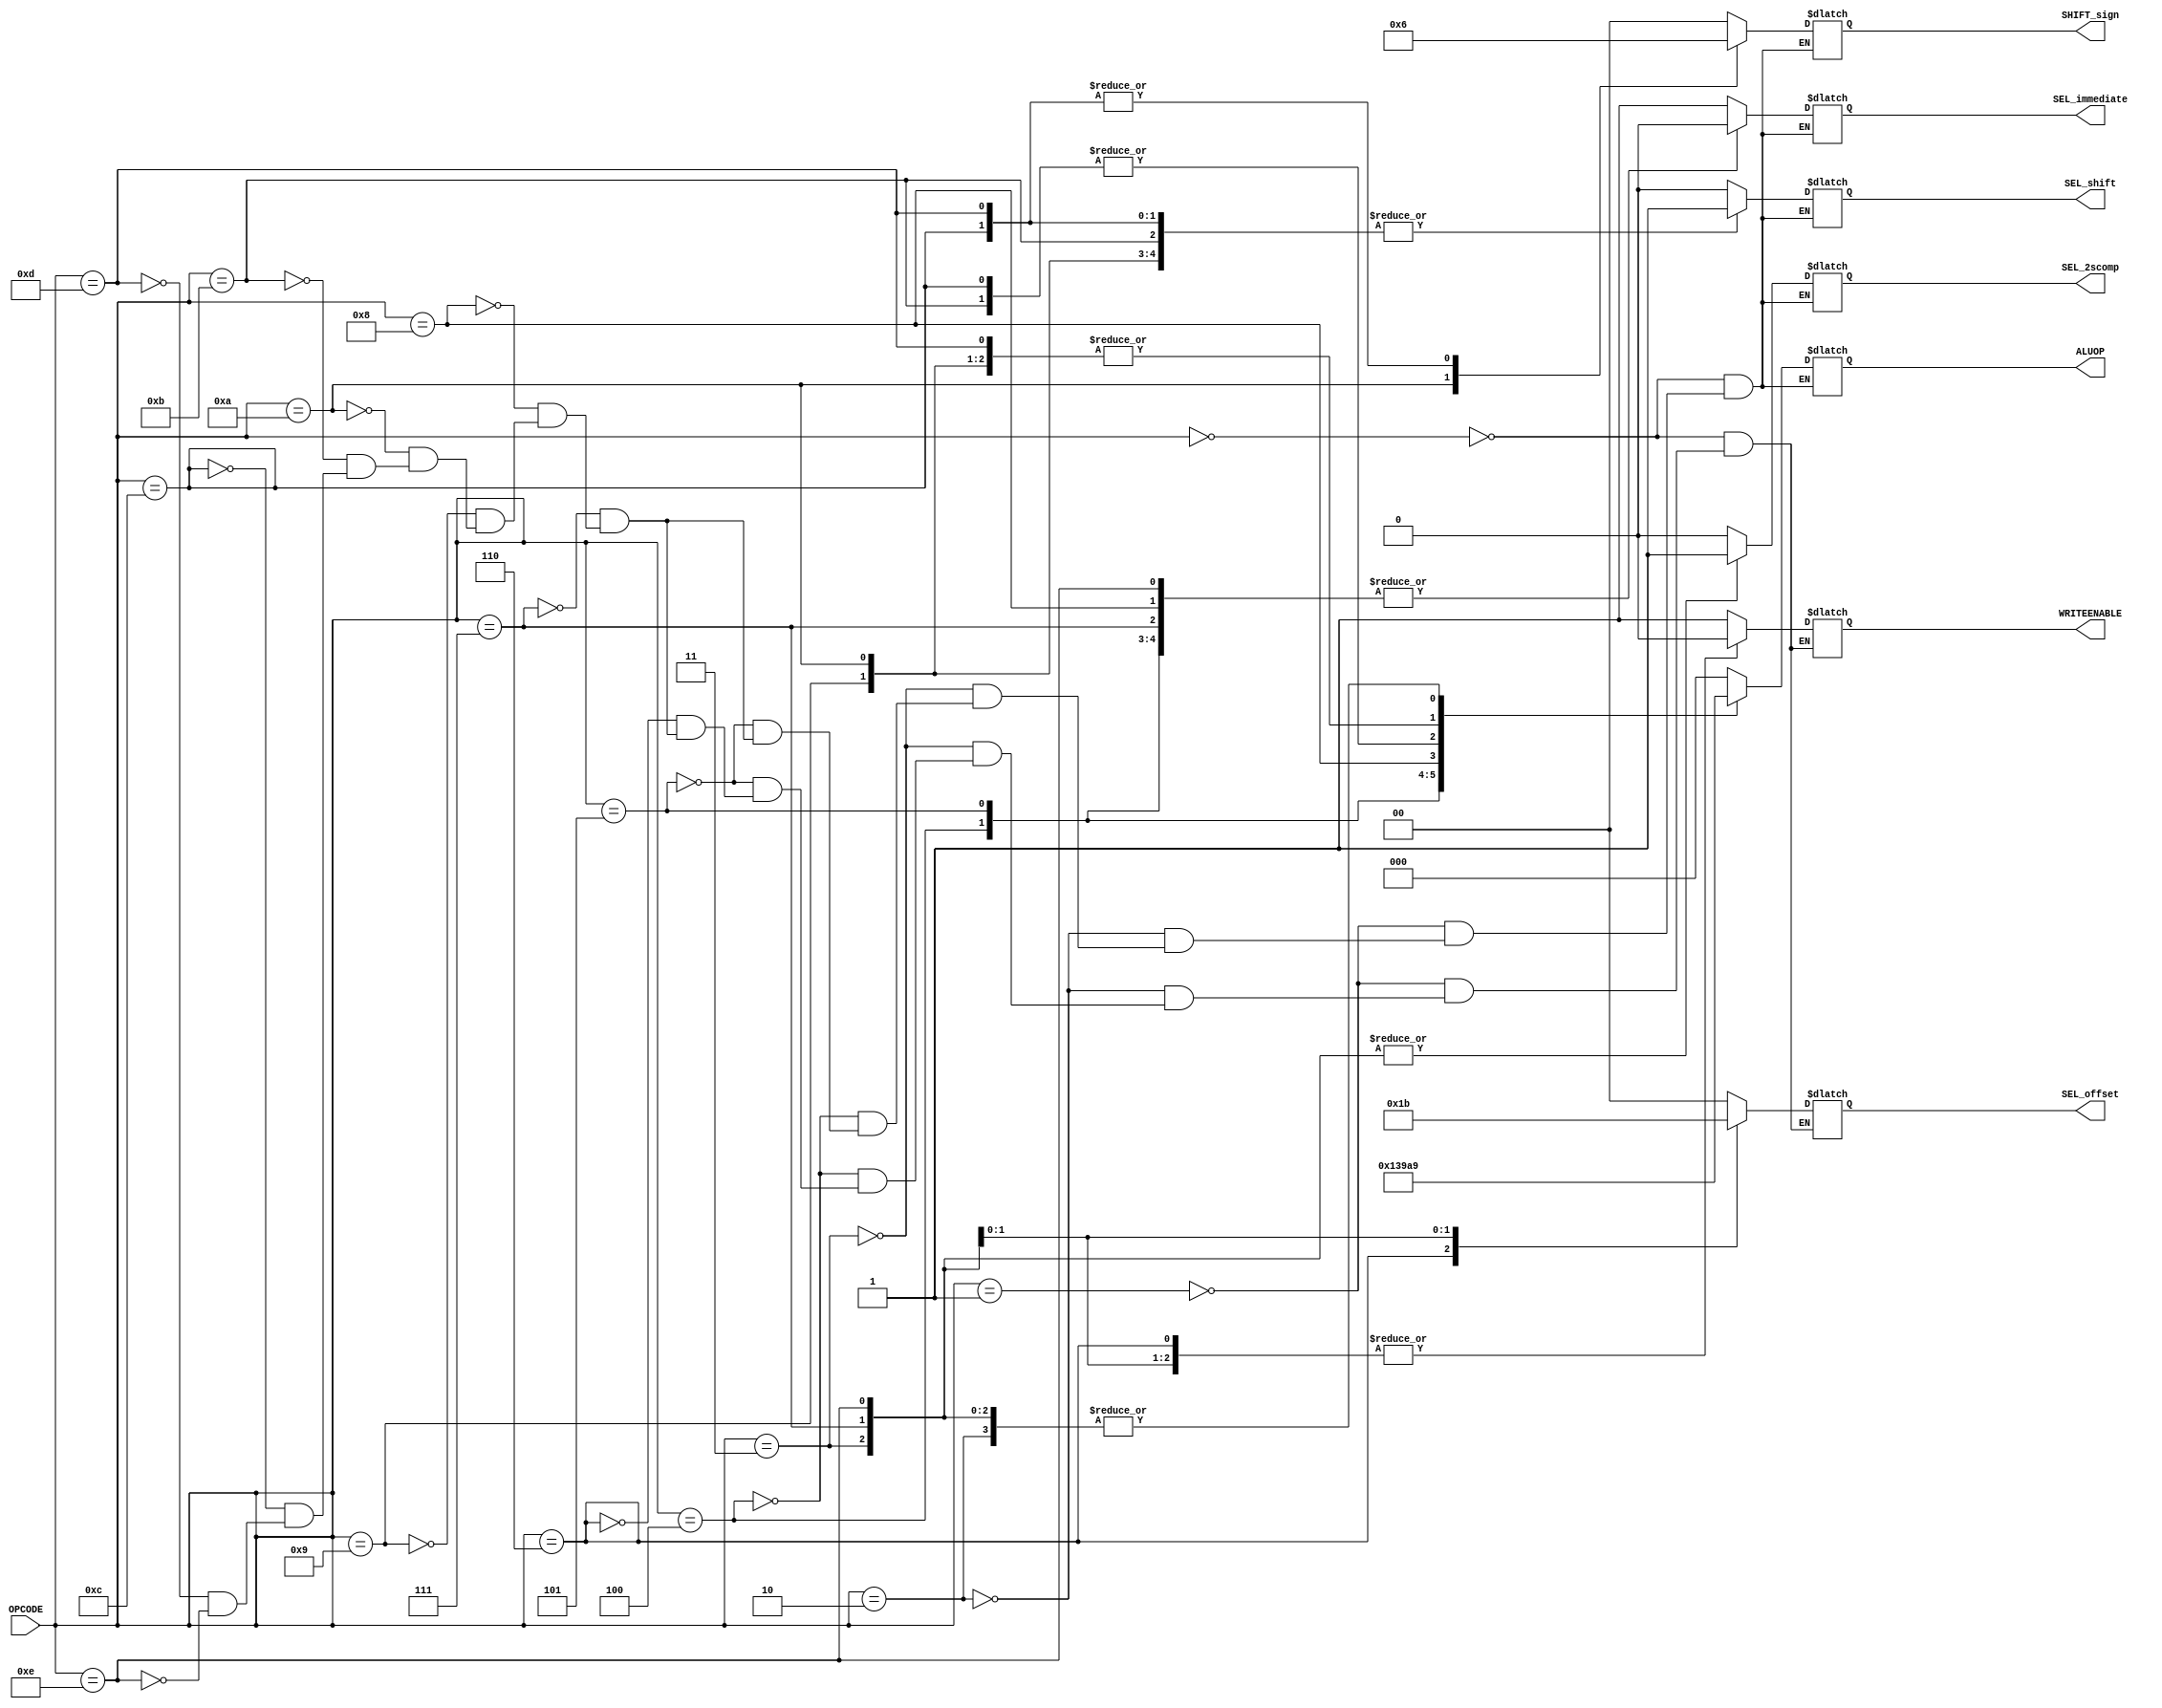
/*                                      SUB MODULES OF THE CPU                             */  



// *********************************** MODULE FOR THE CONTROL UNIT *************************************
module control_unit (OPCODE, ALUOP, SEL_offset, SEL_2scomp, SEL_immediate, SEL_shift, SHIFT_sign, WRITEENABLE);


// Input output port declaration --------------
input [7:0] OPCODE;
output reg [2:0] ALUOP;
output reg WRITEENABLE;
output reg SEL_2scomp, SEL_immediate, SEL_shift;   // selection inputs for the muxes
output reg [1:0] SHIFT_sign;                       // sign bit for shift operations
output reg [1:0] SEL_offset;
// --------------------------------------------


/* Generating control signals, Delay : 1s 
    OP-CODE DEFINITIONS
    ***********************
    op_loadi = "0000_0000"  
    op_mov   = "0000_0001"  
    op_add   = "0000_0010" 
    op_sub   = "0000_0011"  
    op_and   = "0000_0100"  
    op_or    = "0000_0101"  
    op_j     = "0000_0110"  
    op_beq   = "0000_0111"
    op_mult  = "0000_1000"
    op_sll   = "0000_1001"
    op_sla   = "0000_1010"
    op_srl   = "0000_1011"
    op_sra   = "0000_1100"
    op_ror   = "0000_1101"
    op_bne   = "0000_1110" 
    ***********************

    ALUOP DEFINITIONS
    ***********************
    fwd  = "000"  => loadi/mov/j
    add  = "001"  => add/sub/beq/bne
    and  = "010"
    or   = "011"
    mult = "100"
    sl   = "101"  => sll/sla/ror
    sr   = "110"  => srl/sra
    ***********************

    SEL_offset DEFINITIONS
    ***********************
    ALU operation = "00"
    jump          = "01"
    beq           = "10"
    bne           = "11"
    ***********************

    SHIFT_sign DEFINITIONS
    ***********************
    sll = "00"
    sla = "01"
    ror = "10"
    srl = "00"
    sra = "10"
    ***********************
*/
always @ ( OPCODE )
begin
    #1 case ( OPCODE )
    8'b0000_0000 :  //loadi          
        {ALUOP, WRITEENABLE, SEL_offset, SEL_2scomp, SEL_immediate, SEL_shift, SHIFT_sign} = 11'b000_1_00_0_1_0_00;
    8'b0000_0001 :  //mov
        {ALUOP, WRITEENABLE, SEL_offset, SEL_2scomp, SEL_immediate, SEL_shift, SHIFT_sign} = 11'b000_1_00_0_0_0_00;
    8'b0000_0010 :  //add        
        {ALUOP, WRITEENABLE, SEL_offset, SEL_2scomp, SEL_immediate, SEL_shift, SHIFT_sign} = 11'b001_1_00_0_0_0_00;
    8'b0000_0011 :  //sub
        {ALUOP, WRITEENABLE, SEL_offset, SEL_2scomp, SEL_immediate, SEL_shift, SHIFT_sign} = 11'b001_1_00_1_0_0_00;
    8'b0000_0100 :  //and          
        {ALUOP, WRITEENABLE, SEL_offset, SEL_2scomp, SEL_immediate, SEL_shift, SHIFT_sign} = 11'b010_1_00_0_0_0_00;
    8'b0000_0101 :  //or          
        {ALUOP, WRITEENABLE, SEL_offset, SEL_2scomp, SEL_immediate, SEL_shift, SHIFT_sign} = 11'b011_1_00_0_0_0_00;
    8'b0000_0110 :  //j
        {WRITEENABLE, SEL_offset}                                                          = 3'b0_01;
    8'b0000_0111 :  //beq
        {ALUOP, WRITEENABLE, SEL_offset, SEL_2scomp, SEL_immediate, SEL_shift, SHIFT_sign} = 11'b001_0_10_1_0_0_00;
    8'b0000_1000 :  //mult
        {ALUOP, WRITEENABLE, SEL_offset, SEL_2scomp, SEL_immediate, SEL_shift, SHIFT_sign} = 11'b100_1_00_0_0_0_00;
    8'b0000_1001 :  //sll
        {ALUOP, WRITEENABLE, SEL_offset, SEL_2scomp, SEL_immediate, SEL_shift, SHIFT_sign} = 11'b101_1_00_0_1_1_00;
    8'b0000_1010 :  //sla
        {ALUOP, WRITEENABLE, SEL_offset, SEL_2scomp, SEL_immediate, SEL_shift, SHIFT_sign} = 11'b101_1_00_0_1_1_01;
    8'b0000_1011 :  //srl
        {ALUOP, WRITEENABLE, SEL_offset, SEL_2scomp, SEL_immediate, SEL_shift, SHIFT_sign} = 11'b110_1_00_0_1_1_00;
    8'b0000_1100 :  //sra
        {ALUOP, WRITEENABLE, SEL_offset, SEL_2scomp, SEL_immediate, SEL_shift, SHIFT_sign} = 11'b110_1_00_0_1_1_10;
    8'b0000_1101 :  //ror
        {ALUOP, WRITEENABLE, SEL_offset, SEL_2scomp, SEL_immediate, SEL_shift, SHIFT_sign} = 11'b101_1_00_0_1_1_10;
    8'b0000_1110 :  //bne
        {ALUOP, WRITEENABLE, SEL_offset, SEL_2scomp, SEL_immediate, SEL_shift, SHIFT_sign} = 11'b001_0_11_1_0_0_00;
    endcase
end


endmodule
// *****************************************************************************************************



// ********************************** MODULE FOR DECORDER **********************************************
module decorder (INSTRUCTION, OPCODE, READREG1, READREG2, WRITEREG, IMMEDIATE, OFFSET);


// Input output port declaration -----------
input [31:0] INSTRUCTION;
output [7:0] OPCODE;                                    
output [2:0] READREG1, READREG2, WRITEREG;
output [7:0] IMMEDIATE;
output [7:0] OFFSET;   
// -----------------------------------------


assign OPCODE = INSTRUCTION[31:24];
assign READREG1 = INSTRUCTION[15:8];
assign READREG2 = INSTRUCTION[7:0];
assign IMMEDIATE = INSTRUCTION[7:0];
assign WRITEREG = INSTRUCTION[23:16];
assign OFFSET = INSTRUCTION[23:16];


endmodule
// ******************************************************************************************************



// ********************************** MODULE FOR THE PC  COUNTER UNIT ***********************************
module PC_counter ( PC_next, PC, SEL_offset, ZERO, BYTE_OFFSET);


    // Input output port declaration-----
    input [31:0] PC;
    input [1:0] SEL_offset;
    input ZERO;
    input [31:0] BYTE_OFFSET;
    output reg [31:0] PC_next;
    // ----------------------------------


    // Dedicated adder to increment PC by 4
    wire [31:0] pcAdder;
    assign #1 pcAdder = PC+4;

    // Branch or jump target adder
    wire [31:0] targetAdder;
    assign #2 targetAdder = pcAdder + BYTE_OFFSET;


    // mux ------------------------
    reg SEL_pc;
    always @ ( SEL_offset, ZERO)
    begin
        case ( SEL_offset )
        2'b00 :
            SEL_pc = 1'b0;
        2'b01 :
            SEL_pc = 1'b1;
        2'b10 :
            SEL_pc = ZERO;
        2'b11 :
            SEL_pc = ~ZERO;
        endcase
    end
    // ----------------------------

    // mux ------------------------
    always @ ( pcAdder, targetAdder, SEL_pc)
    begin
        case ( SEL_pc )
        1'b1 :
            PC_next = targetAdder;
        1'b0 :
            PC_next = pcAdder;
        endcase
    end
    // -----------------------------


endmodule
// ******************************************************************************************************



// ********************************** MODULE FOR THE PC UNIT ******************************************** 
module pc ( PC, CLK, RESET, PC_next);

    // Input output port declaration---
    input CLK, RESET;
    input [31:0] PC_next;
    output reg [31:0] PC;
    // --------------------------------


    // pc is synchronized to rising edge of the clock
    always @ ( posedge CLK ) begin   
        if (RESET) begin
            #1 PC = 0;       
        end else begin   
            #1 PC = PC_next; 
        end
    end


endmodule
// ******************************************************************************************************



// ******************* MODULE FOR THE 2X1 MUX ************************
module mux_2x1 (OUT, IN1, IN0, SEL);

    // Input output port declaration---
    output reg [7:0] OUT;
    input [7:0] IN1, IN0;
    input SEL;
    // --------------------------------

    always @ (IN1, IN0, SEL) 
    begin
        case (SEL)
        1'b1 :
            OUT = IN1;
        1'b0 :
            OUT = IN0;
        endcase
    end


endmodule
// *******************************************************************



// **************** MODULE TO GET THE 2S COMPLEMENT ******************
module comp_2s (OUT, IN);

    
    // Input output port declaration----
    input [7:0] IN;
    output [7:0] OUT;
    // ---------------------------------

    assign #1 OUT = ~IN + 1;


endmodule
// *******************************************************************